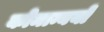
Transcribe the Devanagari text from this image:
कोमान्ययों